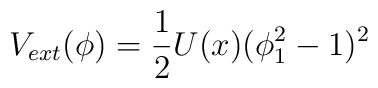
V_{ext}(\phi ) = {1\over 2} U(x) (\phi_1^2 - 1 )^2